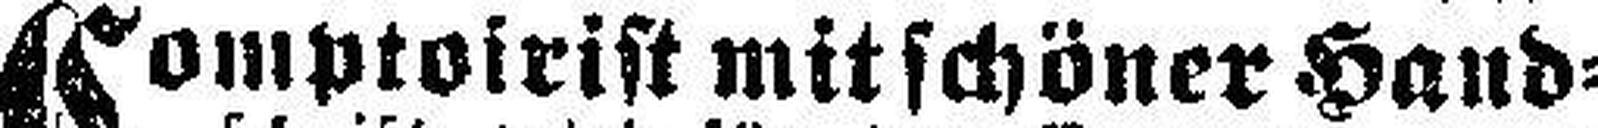
Comptoirist mit schöner Hand¬